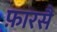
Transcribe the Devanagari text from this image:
फ़ारसै